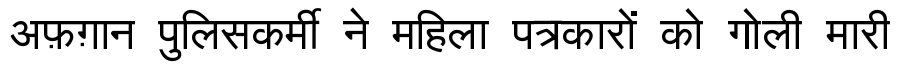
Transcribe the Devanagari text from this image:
अफ़ग़ान पुलिसकर्मी ने महिला पत्रकारों को गोली मारी